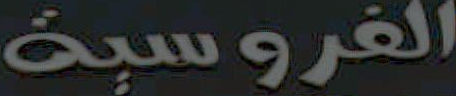
الفروسية